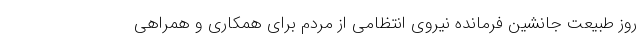
روز طبیعت جانشین فرمانده نیروی انتظامی از مردم برای همکاری و همراهی